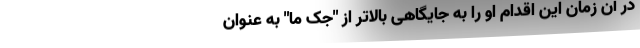
در آن زمان این اقدام او را به جایگاهی بالاتر از "جک ما" به عنوان